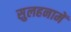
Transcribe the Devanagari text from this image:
सुलहनामें